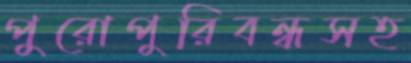
পুরোপুরিবন্ধসহ